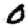
Digit: 0